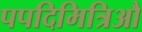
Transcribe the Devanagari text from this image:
पपदिमित्रिऔ